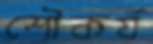
শৌকর্য